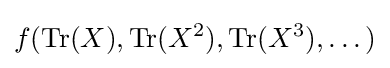
f(\operatorname {Tr} (X),\operatorname {Tr} (X^{2}),\operatorname {Tr} (X^{3}),\dots )